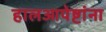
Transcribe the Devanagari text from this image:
हालआपेष्टांना